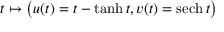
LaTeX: t \mapsto { \big ( } u ( t ) = t - \operatorname { t a n h } t , v ( t ) = \operatorname { s e c h } t { \big ) }